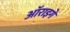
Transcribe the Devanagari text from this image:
ऑराइगे